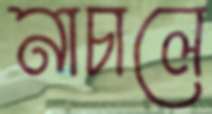
নাচালে